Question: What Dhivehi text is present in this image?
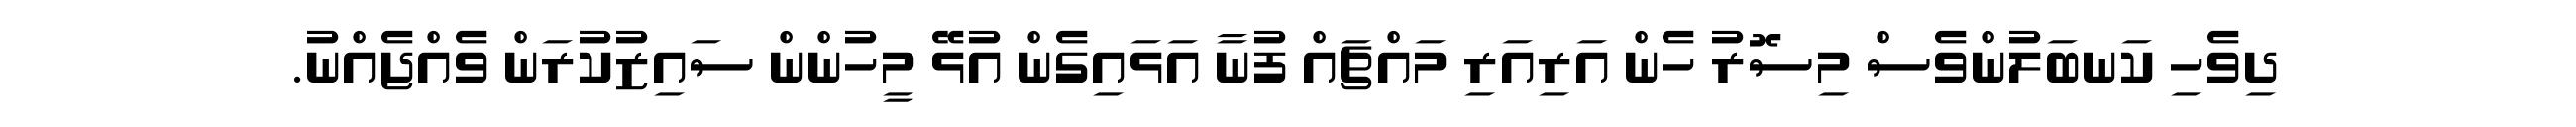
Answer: ދިވެހި ކަނބަލުންވެސް މިސޮރު ހެން އަރިއަރި މައްޗައް ފުނާ އަޅައިގެން އުޅޭ މީހުންން ސައިޒުކުރަން ވެއްޖެއްނު.